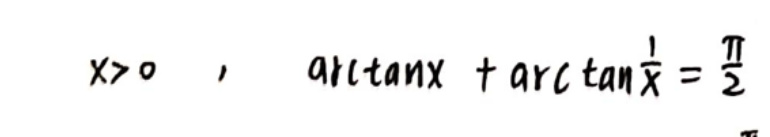
\[
x>0,\quad \arctan x+\arctan\frac{1}{x}=\frac{\pi}{2}
\]